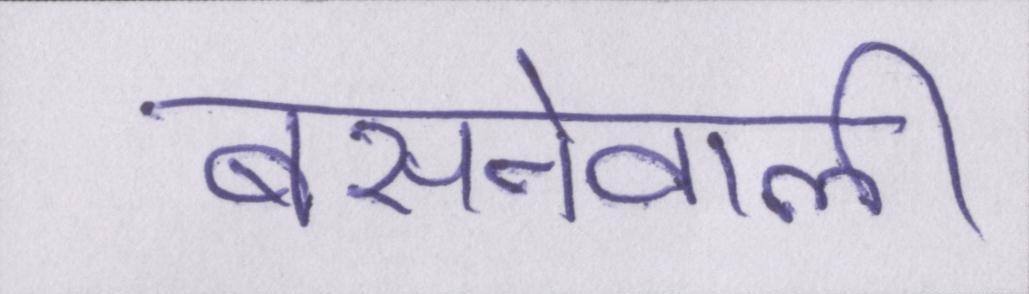
बसनेवाली